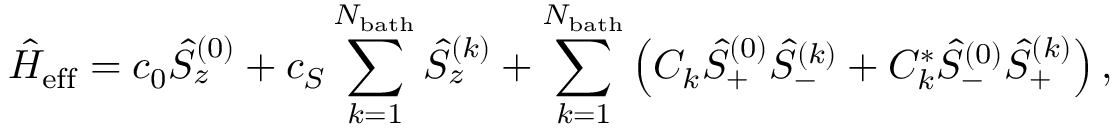
\hat { H } _ { \mathrm { e f f } } = c _ { 0 } \hat { S } _ { z } ^ { ( 0 ) } + c _ { S } \sum _ { k = 1 } ^ { N _ { \mathrm { b a t h } } } \hat { S } _ { z } ^ { ( k ) } + \sum _ { k = 1 } ^ { N _ { \mathrm { b a t h } } } \left( C _ { k } \hat { S } _ { + } ^ { ( 0 ) } \hat { S } _ { - } ^ { ( k ) } + C _ { k } ^ { * } \hat { S } _ { - } ^ { ( 0 ) } \hat { S } _ { + } ^ { ( k ) } \right) ,